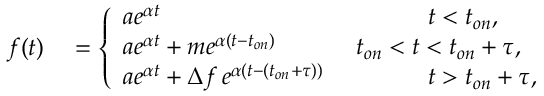
\begin{array} { r l } { f ( t ) } & { { } = \left\{ \begin{array} { l l } { a e ^ { \alpha t } \, \, } & { ~ ~ ~ ~ ~ ~ ~ ~ ~ t < t _ { o n } , } \\ { a e ^ { \alpha t } + m e ^ { \alpha ( t - t _ { o n } ) } \, \, } & { t _ { o n } < t < t _ { o n } + \tau , } \\ { a e ^ { \alpha t } + \Delta f \, e ^ { \alpha ( t - ( t _ { o n } + \tau ) ) } \, \, } & { ~ ~ ~ ~ ~ ~ ~ ~ ~ t > t _ { o n } + \tau , } \end{array} \right. } \end{array}